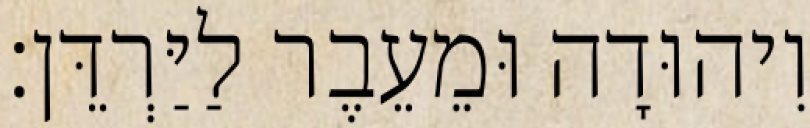
וִיהוּדָה וּמֵעֵבֶר לַיַּרְדֵּן׃